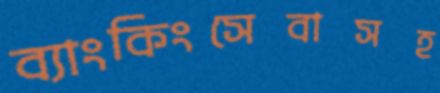
ব্যাংকিংসেবাসহ